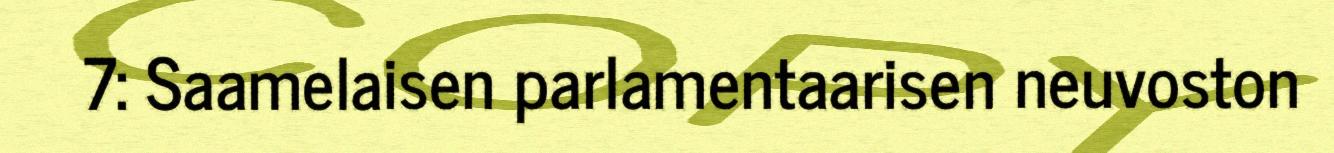
7: Saamelaisen parlamentaarisen neuvoston